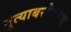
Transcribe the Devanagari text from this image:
नृत्याबरोबरच